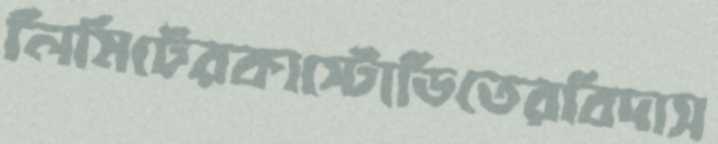
লিমিটেরকাস্টোডিতেরবিদাস